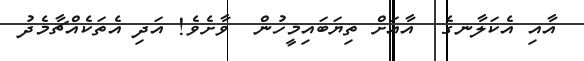
އާއި އެކަލާނގެ  އާއަށް ތިޔަބައިމީހުން  ވާށެވެ! އަދި އެތަކެއްޗާމެދު